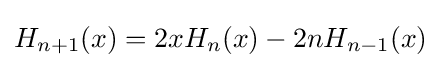
H_{n+1}(x)=2xH_{n}(x)-2nH_{n-1}(x)